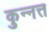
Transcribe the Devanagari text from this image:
कुन्नत्त